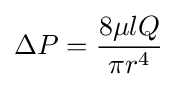
\Delta P={\frac {8\mu lQ}{\pi r^{4}}}